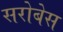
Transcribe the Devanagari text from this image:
सरोबेस